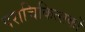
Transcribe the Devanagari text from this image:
पराचिकित्सकों